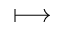
\longmapsto